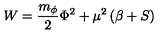
W = \frac { m _ { \phi } } { 2 } \Phi ^ { 2 } + \mu ^ { 2 } \left( \beta + S \right)